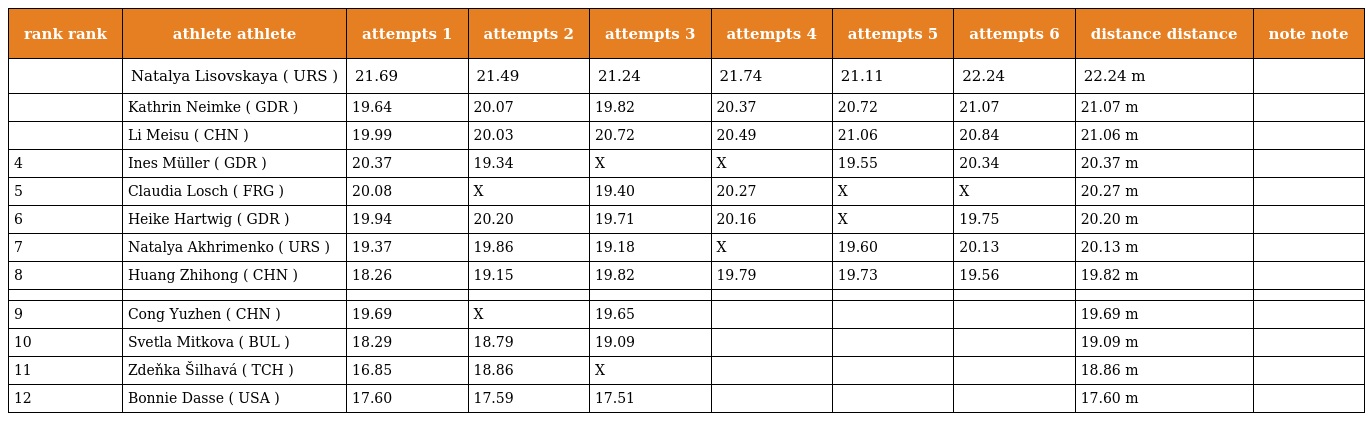
| rank rank | athlete athlete | attempts 1 | attempts 2 | attempts 3 | attempts 4 | attempts 5 | attempts 6 | distance distance | note note |
 | --- | --- | --- | --- | --- | --- | --- | --- | --- | --- |
 |  | Natalya Lisovskaya ( URS ) | 21.69 | 21.49 | 21.24 | 21.74 | 21.11 | 22.24 | 22.24 m |  |
 |  | Kathrin Neimke ( GDR ) | 19.64 | 20.07 | 19.82 | 20.37 | 20.72 | 21.07 | 21.07 m |  |
 |  | Li Meisu ( CHN ) | 19.99 | 20.03 | 20.72 | 20.49 | 21.06 | 20.84 | 21.06 m |  |
 | 4 | Ines Müller ( GDR ) | 20.37 | 19.34 | X | X | 19.55 | 20.34 | 20.37 m |  |
 | 5 | Claudia Losch ( FRG ) | 20.08 | X | 19.40 | 20.27 | X | X | 20.27 m |  |
 | 6 | Heike Hartwig ( GDR ) | 19.94 | 20.20 | 19.71 | 20.16 | X | 19.75 | 20.20 m |  |
 | 7 | Natalya Akhrimenko ( URS ) | 19.37 | 19.86 | 19.18 | X | 19.60 | 20.13 | 20.13 m |  |
 | 8 | Huang Zhihong ( CHN ) | 18.26 | 19.15 | 19.82 | 19.79 | 19.73 | 19.56 | 19.82 m |  |
 |  |  |  |  |  |  |  |  |  |  |
 | 9 | Cong Yuzhen ( CHN ) | 19.69 | X | 19.65 |  |  |  | 19.69 m |  |
 | 10 | Svetla Mitkova ( BUL ) | 18.29 | 18.79 | 19.09 |  |  |  | 19.09 m |  |
 | 11 | Zdeňka Šilhavá ( TCH ) | 16.85 | 18.86 | X |  |  |  | 18.86 m |  |
 | 12 | Bonnie Dasse ( USA ) | 17.60 | 17.59 | 17.51 |  |  |  | 17.60 m |  |